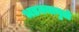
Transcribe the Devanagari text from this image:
भडक्यामुळे